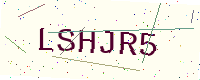
Text: LSHJR5